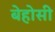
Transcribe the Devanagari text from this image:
बेहोसी